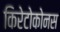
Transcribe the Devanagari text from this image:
किरेटोकोनस